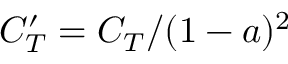
C _ { T } ^ { \prime } = C _ { T } / ( 1 - a ) ^ { 2 }